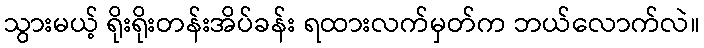
သွားမယ့် ရိုးရိုးတန်းအိပ်ခန်း ရထားလက်မှတ်က ဘယ်လောက်လဲ။